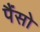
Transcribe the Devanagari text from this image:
पैंसो